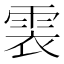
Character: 𩂱